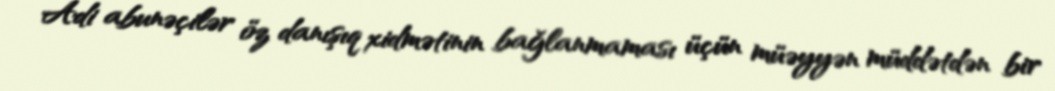
Adi abunəçilər öz danışıq xidmətinin bağlanmaması üçün müəyyən müddətdən bir